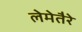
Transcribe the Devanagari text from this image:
लेमेतैरे